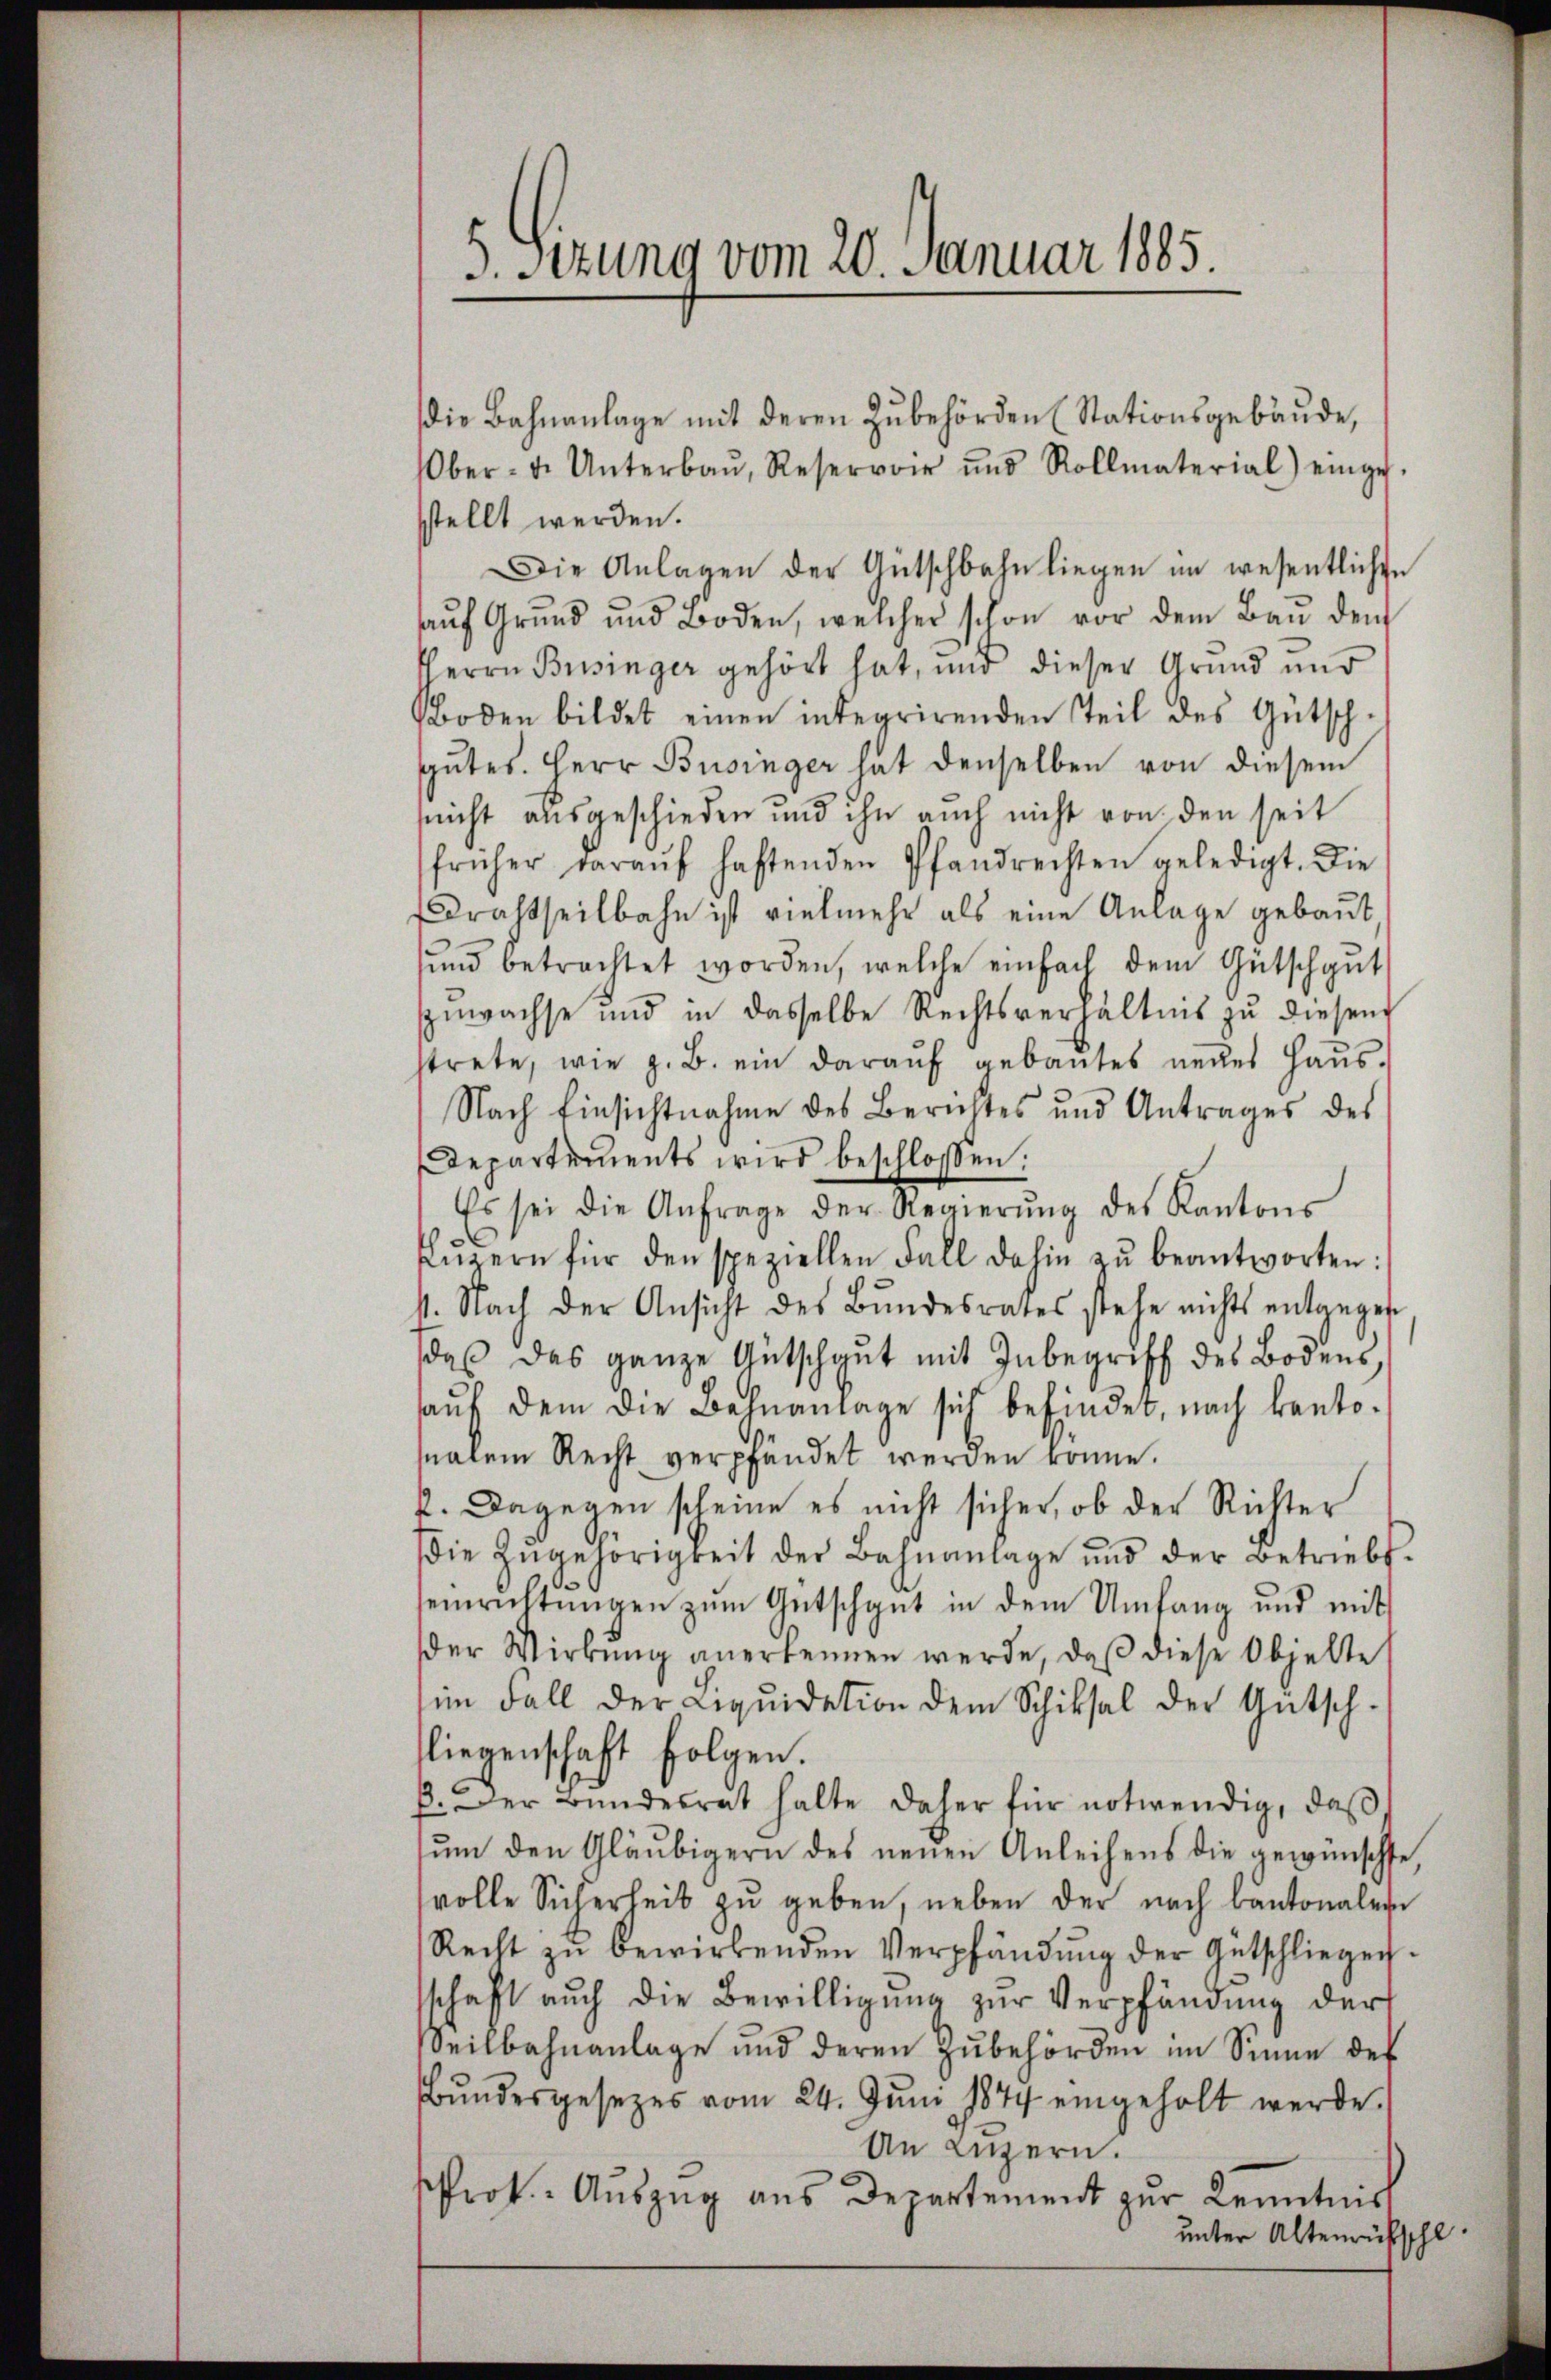
5. Sitzung vom 20. Januar 1885.

die Bahnanlage mit deren Zubehörden (Stationsgebäŭde,
Ober- u. Unterbaŭ, Reservoir und Rollmaterial einge-
sstellt werden.
Die Anlagen der Antschbahn liegen im wesentlichen
aŭf Grŭnd und Boden, welcher schon vor dem Baŭ den
Herrn Besinger gehört hat, und dieser Grund und
Boden bildet einen integrirenden Teil des Gütsch-
sgutes. Herr Businger hat denselben von diesem
nicht ausgeschieden und ihn auch nicht von den seit
früher daraŭf haftenden Pfandrechten geledigt. Die
drachtheilbahn ist vielmehr als eine Anlage gebaut
sund betrachtet worden, welche einfach dem Gütschgut
nwachse und in dasselbe Rechtsverhältnis zŭ diesen
strete, wie z. B. ein daraŭf gebautes neues Haŭs-
Nach Einsichtnahme des Berichtes und Antrages des
Departements wird beschloßen:
Es sei die Anfrage der Regierŭng des Kantons
Lŭzern für den speziellen Fall dahin zŭ beantworten:
4. Nach der Ansicht des Bundesrates stehe nichts entgegen
daß das ganze Gutschgut mit Inbegriff des Bodens,
aŭf dem die Bahnanlage sich befindet, nach kanto-
nalem Recht verpfandet werden könne.
k. Dagegen scheine es nicht sicher, ob der Richter
Die Zŭgehörigkeit der Bahnanlage und der Betriebs-
einrichtungen zum Gutschgut in dem Umfang und mit
der Wirkung anerkennen werde, daβ diese Objelte
im Fall der Liqŭidation dem Schiksal der Antsch-
liegenschaft folgen.
B. Der Bŭndesrat halte daher für notwendig, daβ
tŭm den Gläubigern des neuen Anleihens die gewünschte,
svolle Sicherheit zu geben, neben der nach Cantonaler
Recht zŭ bewirkenden Verpfändung der Gutschliegen.
schaft auch die Bewilligŭng zŭr Verpfändung der
Seilbahnanlage und deren Zubehörden im Sinne des
Bŭndesgesetzes vom 24. Jŭni 1874 eingeholt werde.
An Luzern.
Prok. Auszug aus Departement zur Kenntnis
unter Altenrüfschl